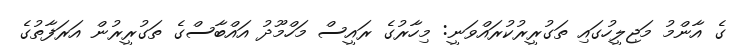
ގެ އާންމު މަޖިލީހުގައި ތަގުރީރުކުރައްވަނީ: މިހާރުގެ ރައީސް މަހްމޫދު އައްބާސްގެ ތަގުރީރުން އަރަފާތުގެ